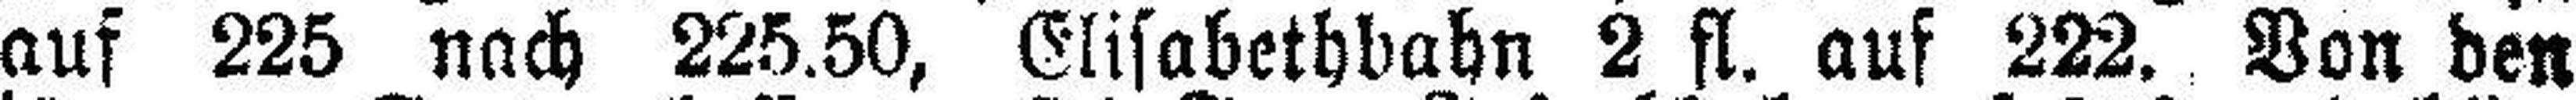
auf 225 nach 225.50, Elisabethbahn 2 fl. auf 222. Von den